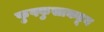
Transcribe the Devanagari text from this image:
फुफ्फुसाकडून